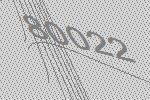
80022